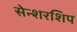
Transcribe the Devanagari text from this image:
सेन्शरशिप